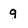
Character: q